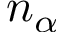
n _ { \alpha }